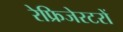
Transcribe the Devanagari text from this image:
रेफ्रिजेरटरों